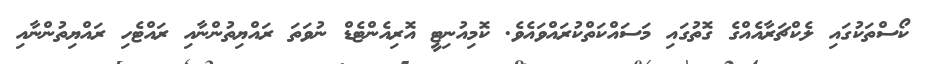
ކޯސްތަކުގައި ލެކްޗަރާއެއްގެ ގޮތުގައި މަސައްކަތްކުރައްވައެވެ. ކޮމިއުނިޓީ އޮރިއެންޓެޑް ނުވަތަ ރައްޔިތުންނާއި ރައްޓެހި ރައްޔިތުންނާއި